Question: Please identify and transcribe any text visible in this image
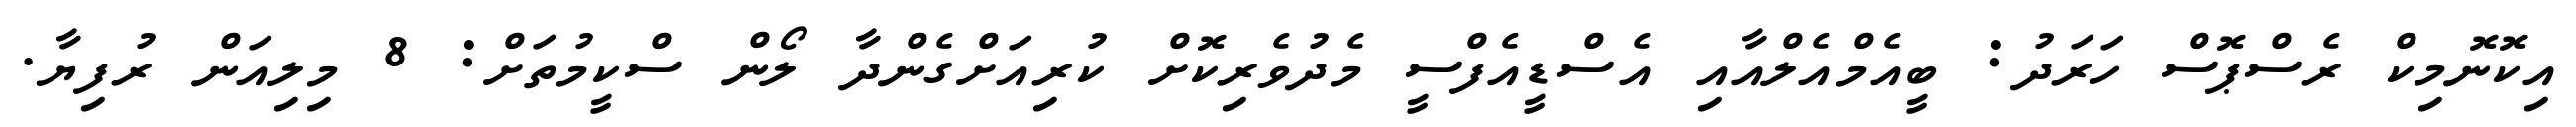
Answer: އިކޮނޮމިކް ރެސްޕޮސް ހަރަދު: ބީއެމްއެލްއާއި އެސްޑީއެފްސީ މެދުވެރިކޮށް ކުރިއަށްގެންދާ ލޯން ސްކީމުތަށް: 8 މިލިއަން ރުފިޔާ.